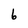
Character: 6